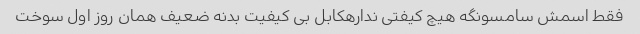
فقط اسمش سامسونگه هیچ کیفتی ندارهکابل بی کیفیت بدنه ضعیف همان روز اول سوخت